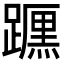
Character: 𲄈